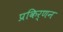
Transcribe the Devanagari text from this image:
प्रकिर्णन